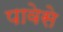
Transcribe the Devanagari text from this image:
पावेसे